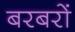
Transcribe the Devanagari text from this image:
बरबरों